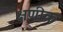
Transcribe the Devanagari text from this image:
क्षणीक